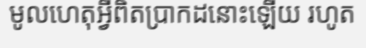
មូលហេតុអ្វីពិតប្រាកដនោះឡើយ រហូត